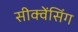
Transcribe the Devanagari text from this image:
सीक्वेंसिंग